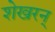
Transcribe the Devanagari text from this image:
शेखरन्